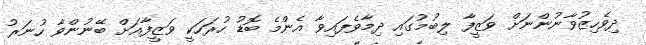
ދިވެހިޒުވާނުންނަށް ވަޒީފާ ލިބުމުގައި ދިމާވެފައިވާ އެންމެ ބޮޑު ހުރަހަކީ ވަޒީފާއަށް ބޭނުންވާ ހުނަރު